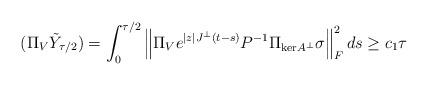
LaTeX: \begin{align*}\begin{aligned}(\Pi_V \tilde{Y}_{\tau/2}) &= \int_0^{\tau/2} \left\| \Pi_V e^{|z| J^\perp (t-s)}P^{-1}\Pi_{\mathrm{ker}A^\perp} \sigma \right\|_F^2 ds \ge c_1 \tau\end{aligned}\end{align*}